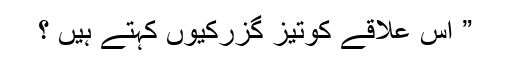
” اس علاقے کوتیز گزرکیوں کہتے ہیں ؟